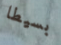
بسيطا